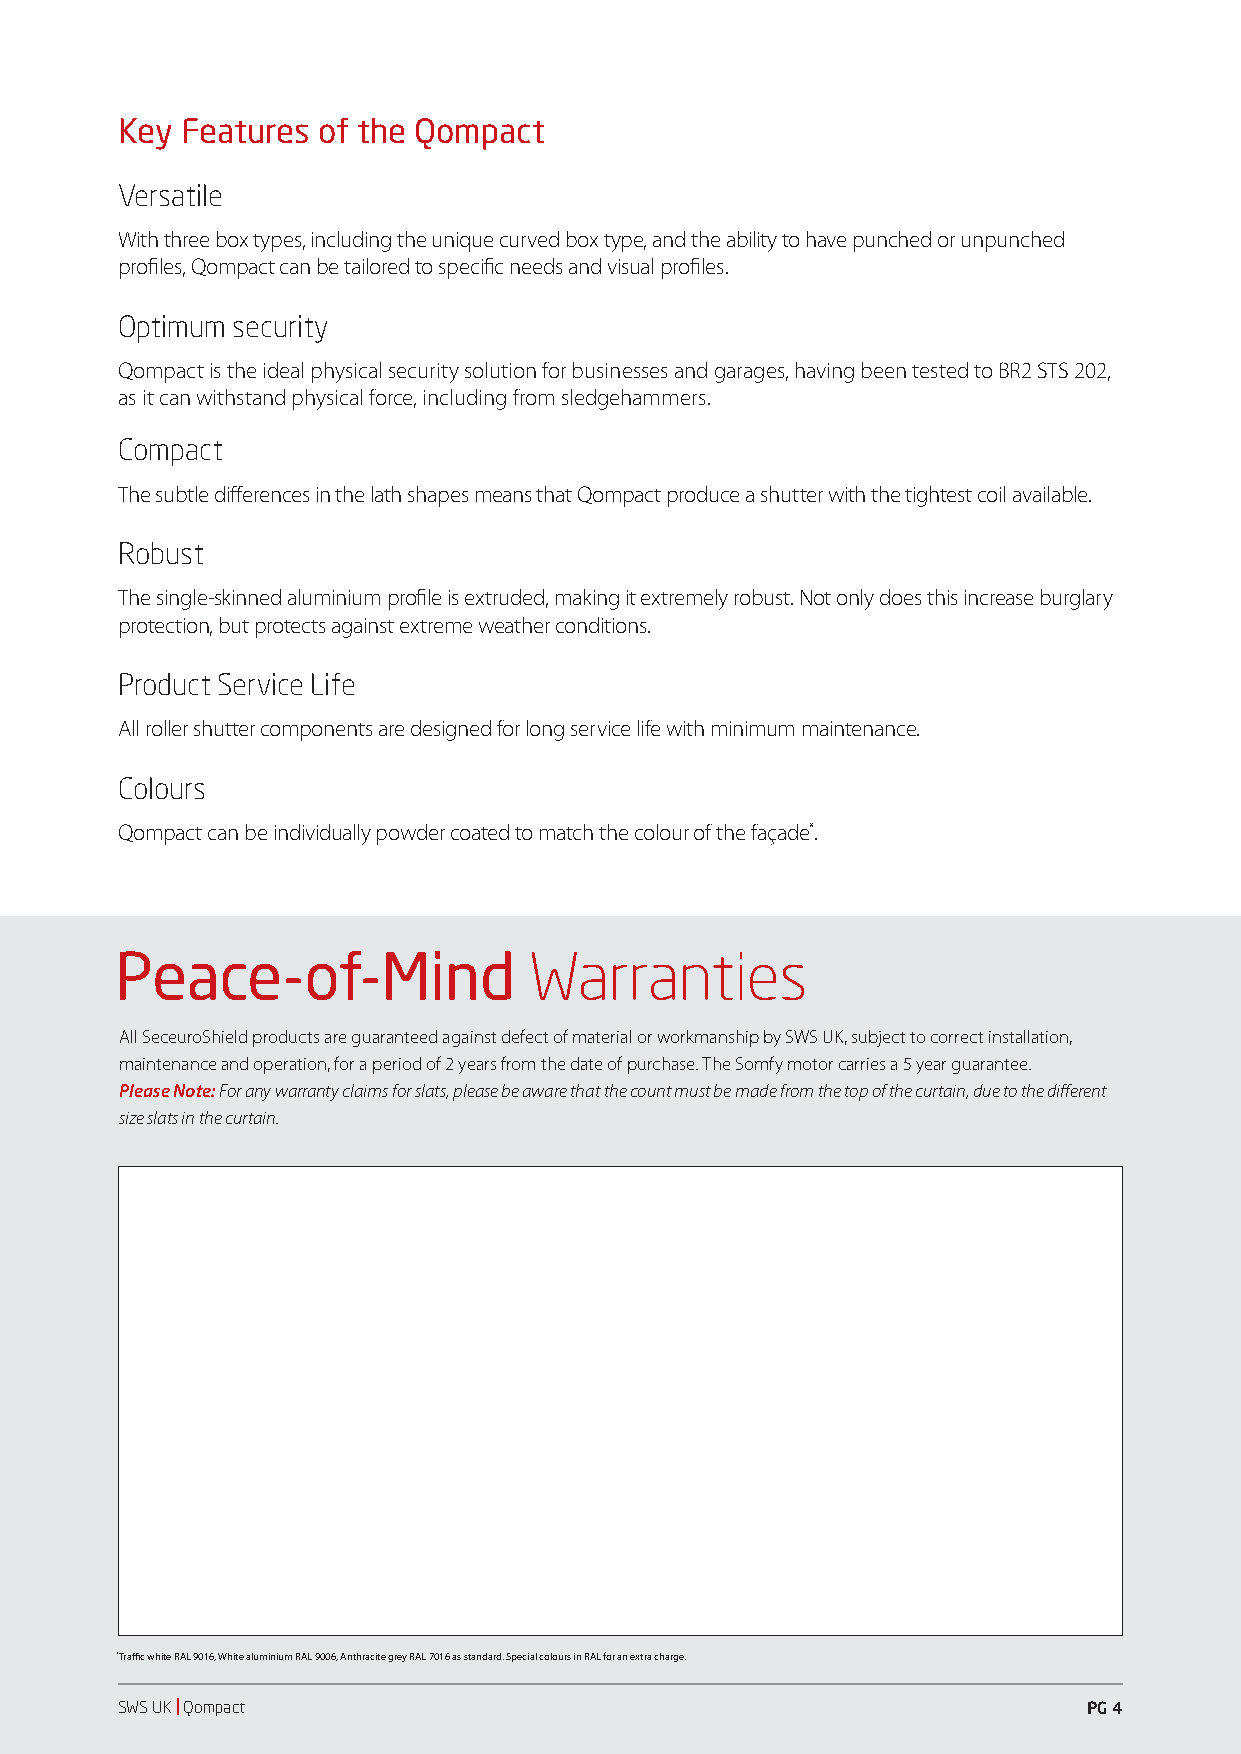
Key Features of the Qompact
 Versatile
 With three box types, including the unique curved box type, and the ability to have punched or unpunched
 profiles, Qompact can be tailored to specific needs and visual profiles.
 Optimum security
 Qompact is the ideal physical security solution for businesses and garages, having been tested to BR2 STS 202,
 as it can withstand physical force, including from sledgehammers.
 Compact
 The subtle differences in the lath shapes means that Qompact produce a shutter with the tightest coil available.
 Robust
 The single-skinned aluminium profile is extruded, making it extremely robust. Not only does this increase burglary
 protection, but protects against extreme weather conditions.
 Product Service Life
 All roller shutter components are designed for long service life with minimum maintenance.
 Colours
 Qompact can be individually powder coated to match the colour of the façade*.
 P eace-of-Mind             Warranties
 All SeceuroShield products are guaranteed against defect of material or workmanship by SWS UK, subject to correct installation,
 maintenance and operation, for a period of 2 years from the date of purchase. The Somfy motor carries a 5 year guarantee.
 Please Note: For any warranty claims for slats, please be aware that the count must be made from the top of the curtain, due to the different
 size slats in the curtain.
 *Traffic white RAL 9016, White aluminium RAL 9006, Anthracite grey RAL 7016 as standard. Special colours in RAL for an extra charge.
 SWS UK | Qompact                                                PG 4